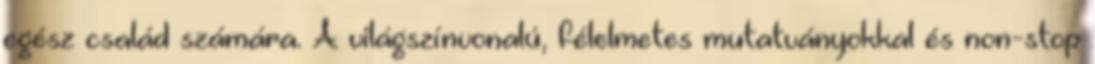
egész család számára. A világszínvonalú, félelmetes mutatványokkal és non-stop